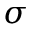
\sigma